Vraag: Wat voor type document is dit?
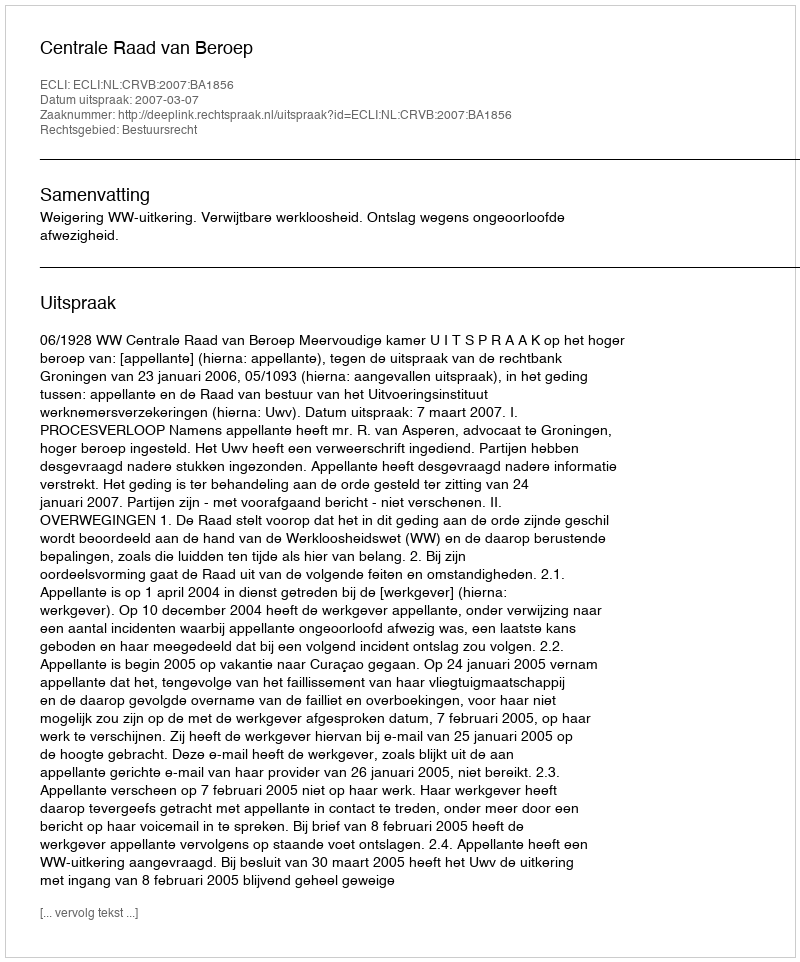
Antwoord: Uitspraak